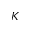
K